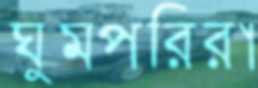
ঘুমপরিরা